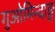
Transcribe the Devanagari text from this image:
गुओमिन्दाङ्ग